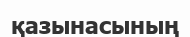
қазынасының